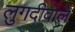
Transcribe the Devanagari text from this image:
लुगदीवाले